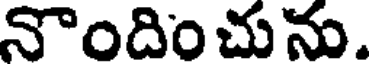
నొందించును.